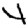
Digit: 4